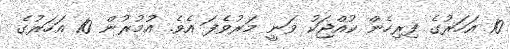
10 އަހަރުގެ ފިިރިހެން ކުއްޖަކު ވަނީ މަރުވެފަ އެވެ. އުމުރުން 10 އަހަރުގެ